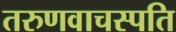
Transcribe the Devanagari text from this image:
तरुणवाचस्पति